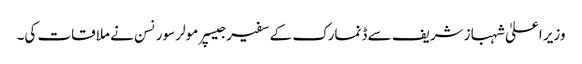
وزیر اعلیٰ شہباز شریف سے ڈنمارک کے سفیر جیسپر مولر سورنسن نے ملاقات کی۔